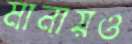
মানায়ও